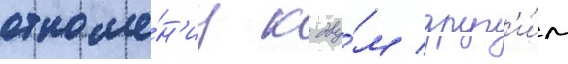
отноше́н'иу к дву́м друг'и́м